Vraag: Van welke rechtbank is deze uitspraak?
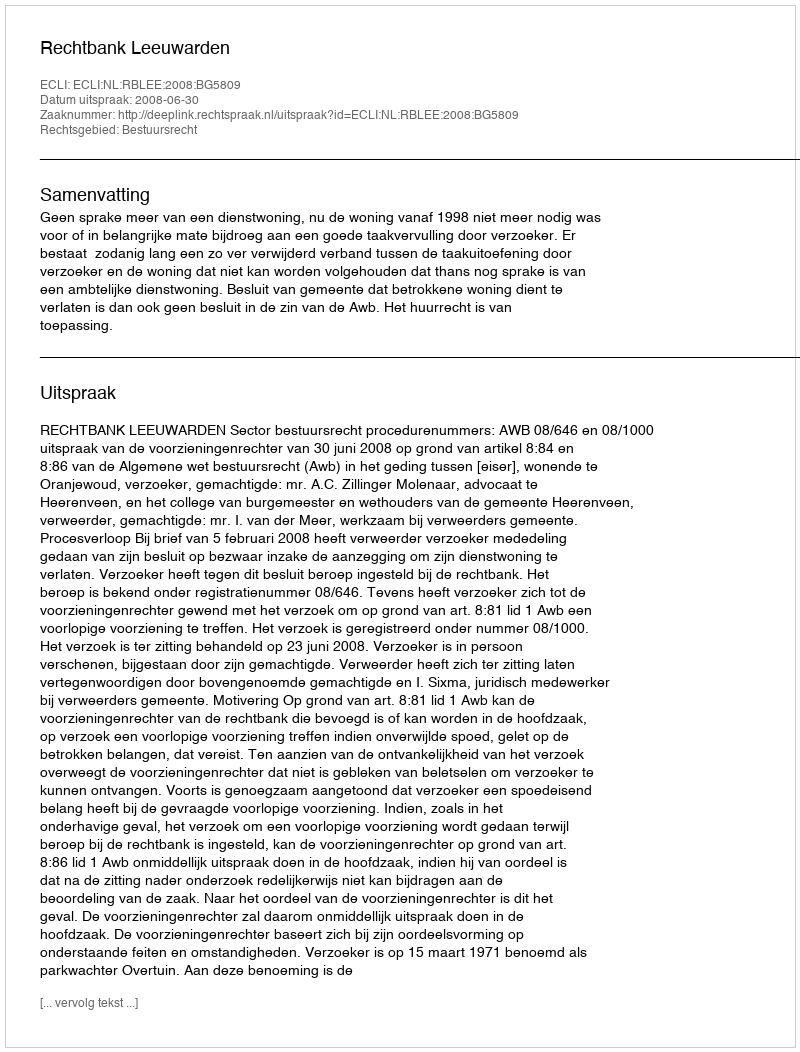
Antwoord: Rechtbank Leeuwarden